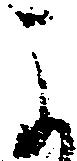
よ